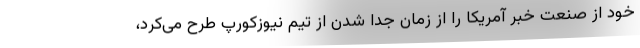
خود از صنعت خبر آمریکا را از زمان جدا شدن از تیم نیوزکورپ طرح می‌کرد،